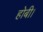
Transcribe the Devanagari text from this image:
होबी।